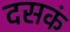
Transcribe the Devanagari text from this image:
दसकं